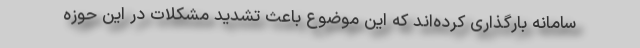
سامانه بارگذاری کرده‌اند که این موضوع باعث تشدید مشکلات در این حوزه